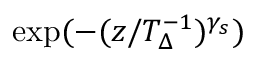
\exp ( - ( z / T _ { \Delta } ^ { - 1 } ) ^ { \gamma _ { s } } )